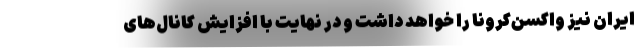
ایران نیز واکسن‌کرونا را خواهد داشت و در نهایت با افزایش کانال‌های